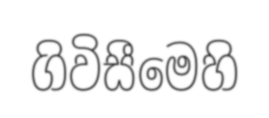
ගිවිසීමෙහි